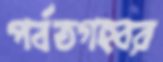
পর্বতগহ্বর